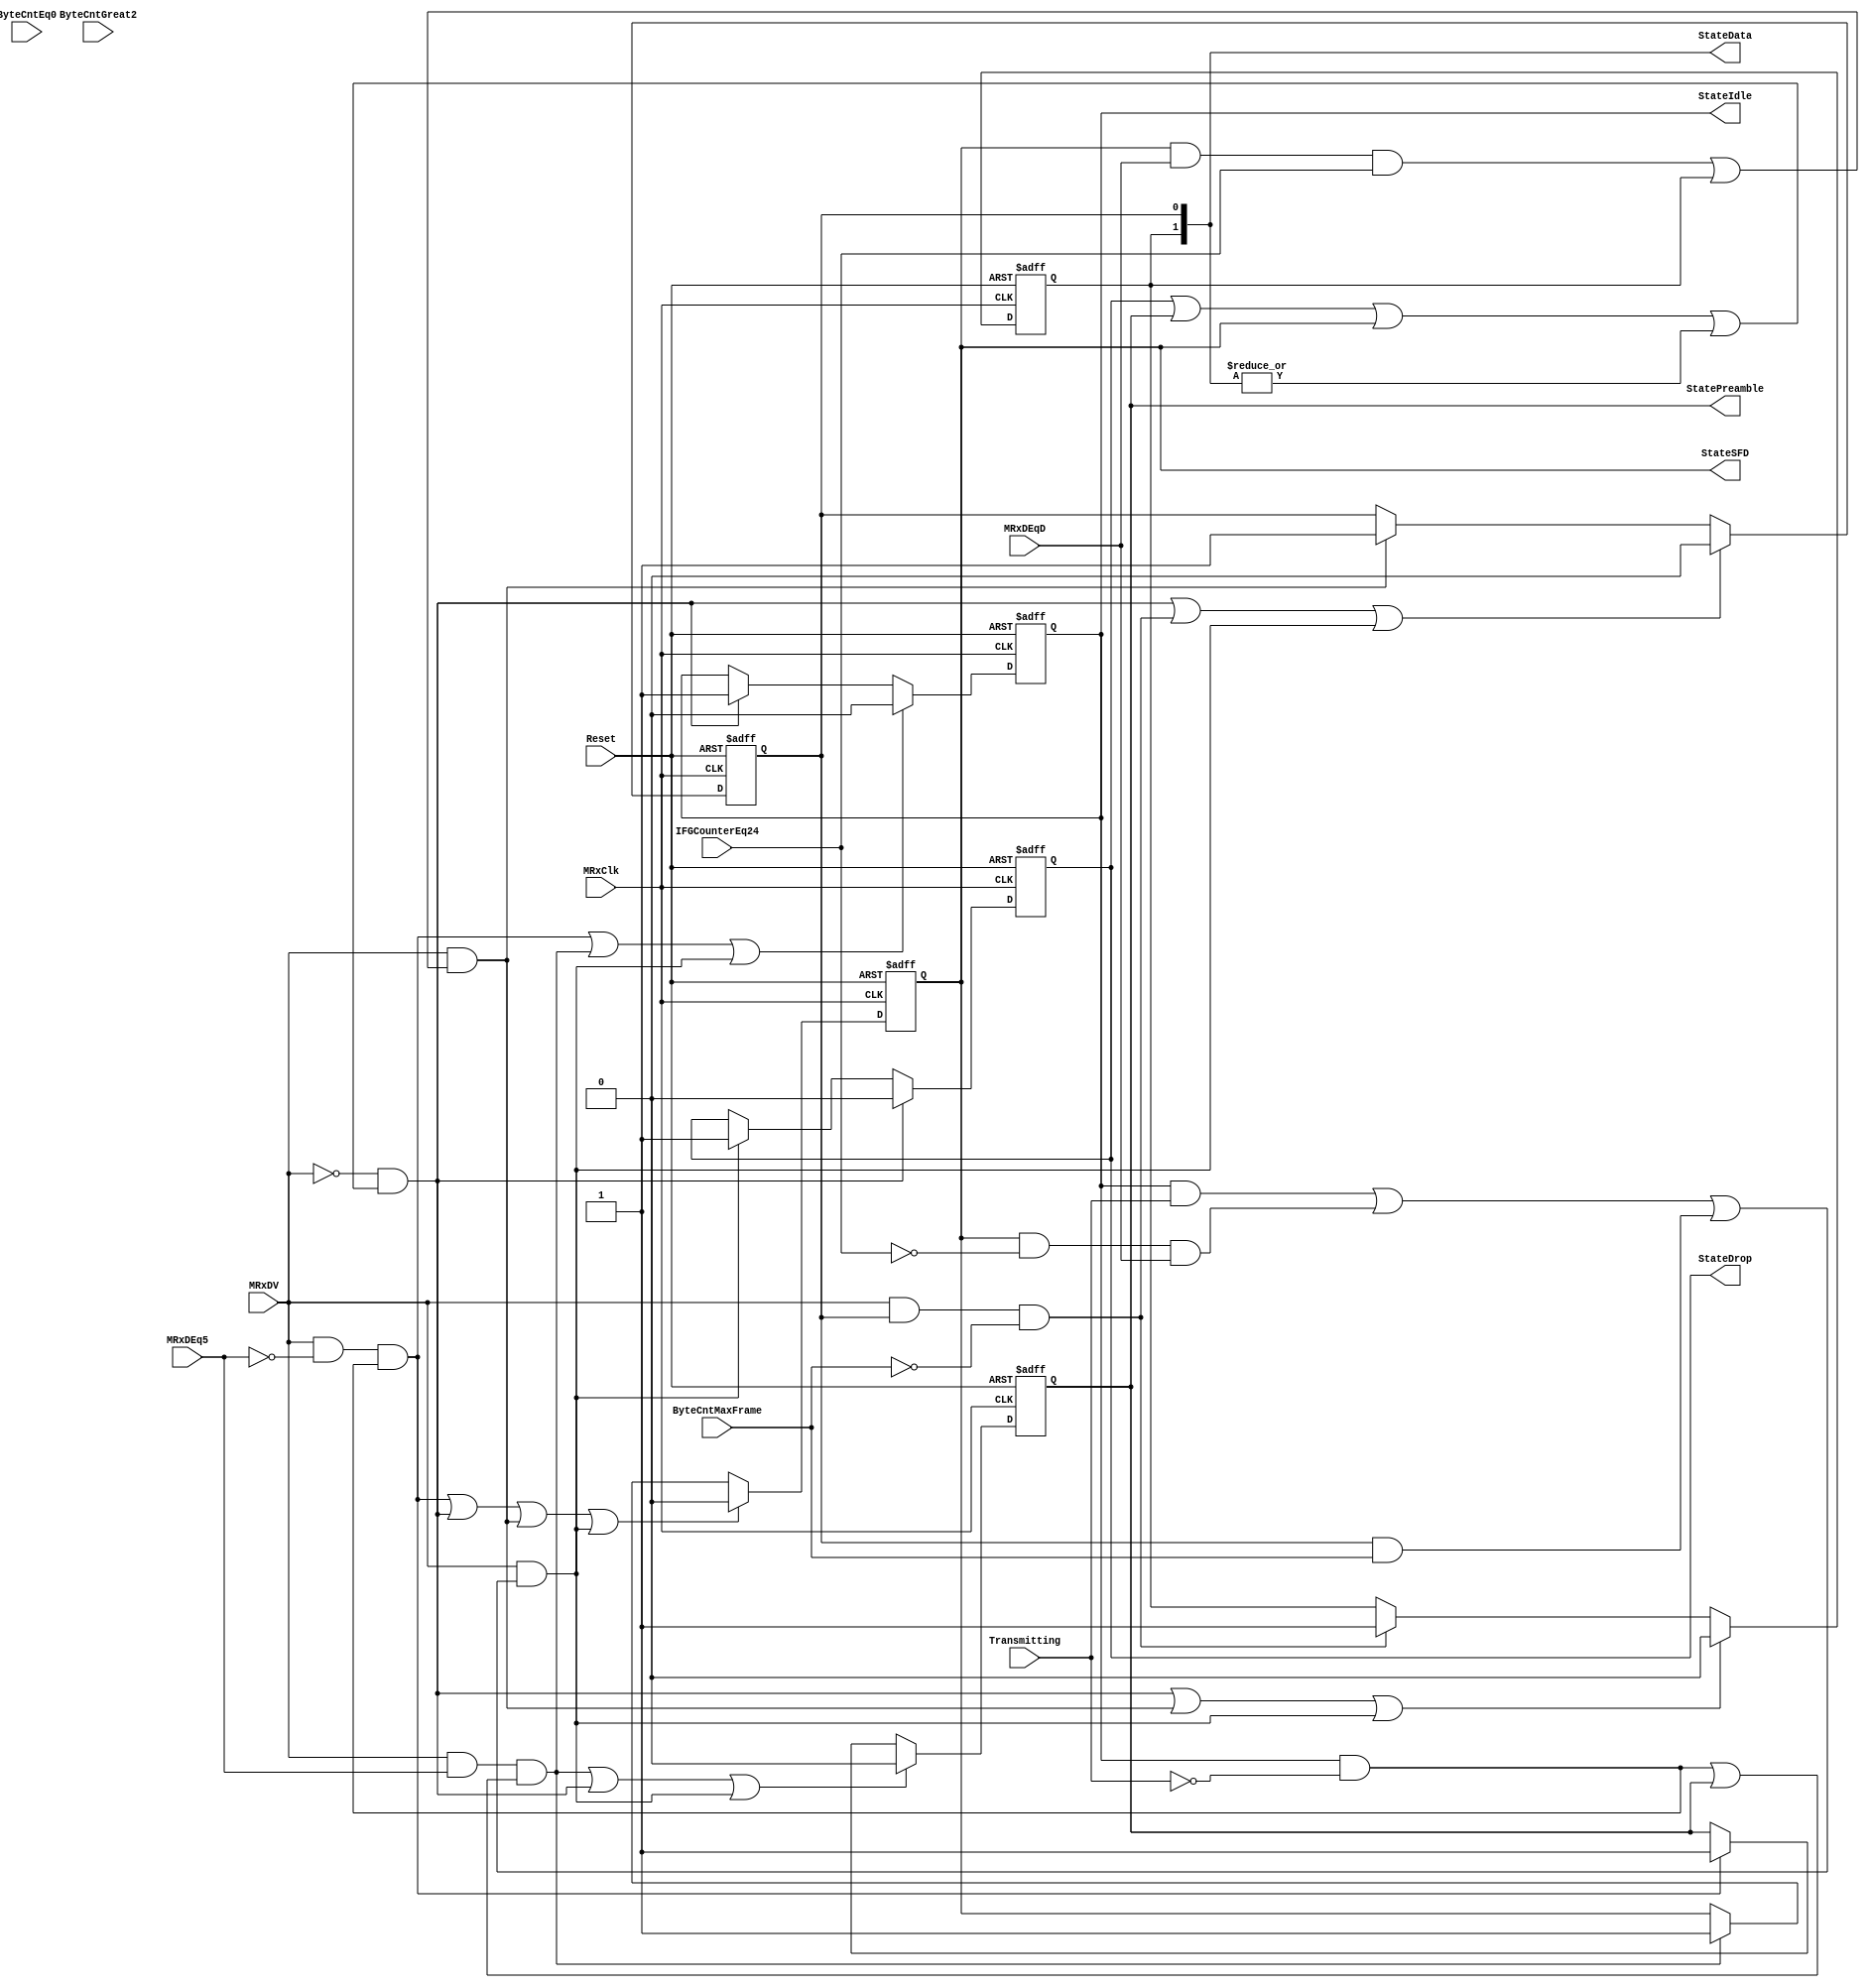
// This program was cloned from: https://github.com/NYU-MLDA/OpenABC
// License: BSD 3-Clause "New" or "Revised" License

module eth_rxstatem (MRxClk, Reset, MRxDV, ByteCntEq0, ByteCntGreat2, Transmitting, MRxDEq5, MRxDEqD, 
                     IFGCounterEq24, ByteCntMaxFrame, StateData, StateIdle, StatePreamble, StateSFD, 
                     StateDrop
                    );

input         MRxClk;
input         Reset;
input         MRxDV;
input         ByteCntEq0;
input         ByteCntGreat2;
input         MRxDEq5;
input         Transmitting;
input         MRxDEqD;
input         IFGCounterEq24;
input         ByteCntMaxFrame;

output [1:0]  StateData;
output        StateIdle;
output        StateDrop;
output        StatePreamble;
output        StateSFD;

reg           StateData0;
reg           StateData1;
reg           StateIdle;
reg           StateDrop;
reg           StatePreamble;
reg           StateSFD;

wire          StartIdle;
wire          StartDrop;
wire          StartData0;
wire          StartData1;
wire          StartPreamble;
wire          StartSFD;


// Defining the next state
assign StartIdle = ~MRxDV & (StateDrop | StatePreamble | StateSFD | (|StateData));

assign StartPreamble = MRxDV & ~MRxDEq5 & (StateIdle & ~Transmitting);

assign StartSFD = MRxDV & MRxDEq5 & (StateIdle & ~Transmitting | StatePreamble);

assign StartData0 = MRxDV & (StateSFD & MRxDEqD & IFGCounterEq24 | StateData1);

assign StartData1 = MRxDV & StateData0 & (~ByteCntMaxFrame);

assign StartDrop = MRxDV & (StateIdle & Transmitting | StateSFD & ~IFGCounterEq24 &
                   MRxDEqD |  StateData0 &  ByteCntMaxFrame);

// Rx State Machine
always @ (posedge MRxClk or posedge Reset)
begin
  if(Reset)
    begin
      StateIdle     <=  1'b0;
      StateDrop     <=  1'b1;
      StatePreamble <=  1'b0;
      StateSFD      <=  1'b0;
      StateData0    <=  1'b0;
      StateData1    <=  1'b0;
    end
  else
    begin
      if(StartPreamble | StartSFD | StartDrop)
        StateIdle <=  1'b0;
      else
      if(StartIdle)
        StateIdle <=  1'b1;

      if(StartIdle)
        StateDrop <=  1'b0;
      else
      if(StartDrop)
        StateDrop <=  1'b1;

      if(StartSFD | StartIdle | StartDrop)
        StatePreamble <=  1'b0;
      else
      if(StartPreamble)
        StatePreamble <=  1'b1;

      if(StartPreamble | StartIdle | StartData0 | StartDrop)
        StateSFD <=  1'b0;
      else
      if(StartSFD)
        StateSFD <=  1'b1;

      if(StartIdle | StartData1 | StartDrop)
        StateData0 <=  1'b0;
      else
      if(StartData0)
        StateData0 <=  1'b1;

      if(StartIdle | StartData0 | StartDrop)
        StateData1 <=  1'b0;
      else
      if(StartData1)
        StateData1 <=  1'b1;
    end
end

assign StateData[1:0] = {StateData1, StateData0};

endmodule